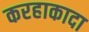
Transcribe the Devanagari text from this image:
करहाकादा